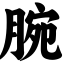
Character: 腕